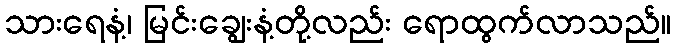
သားရေနံ့၊ မြင်းချွေးနံ့တို့လည်း ရောထွက်လာသည်။